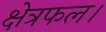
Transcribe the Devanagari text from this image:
क्षेत्रफल।